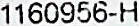
1160956-H